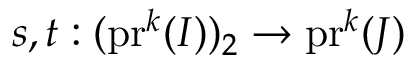
s , t : ( \mathrm { p r } ^ { k } ( I ) ) _ { 2 } \to \mathrm { p r } ^ { k } ( J )